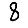
Digit: 8